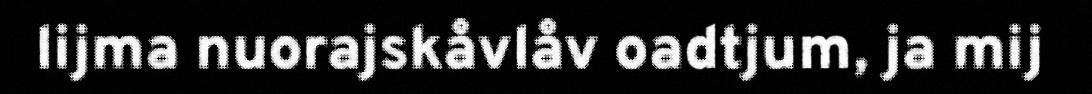
lijma nuorajskåvlåv oadtjum, ja mij